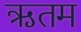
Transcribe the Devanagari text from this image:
ऋतम